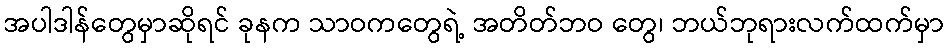
အပါဒါန်တွေမှာဆိုရင် ခုနက သာဝကတွေရဲ့ အတိတ်ဘဝ တွေ၊ ဘယ်ဘုရားလက်ထက်မှာ